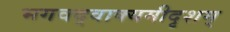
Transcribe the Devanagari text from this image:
भगवद्वाक्यमीदृशम्